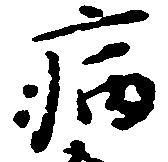
病